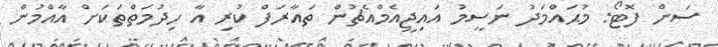
ސަން ފޮޓޯ: މުޙައްމަދު ނަސީމު އައިޖީއެމްއެޗުން ތައާރަފް ކުރި އާ ހިދުމަތްތަކަށް އާއްމުން